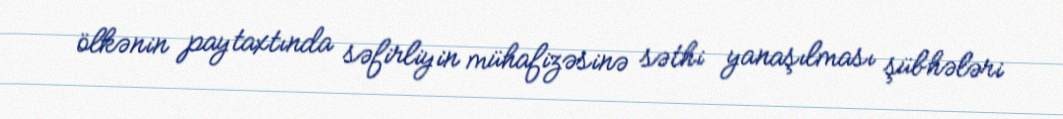
ölkənin paytaxtında səfirliyin mühafizəsinə səthi yanaşılması şübhələri